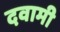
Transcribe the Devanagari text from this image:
दवामी